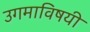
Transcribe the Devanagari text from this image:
उगमाविषयी